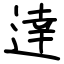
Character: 逹